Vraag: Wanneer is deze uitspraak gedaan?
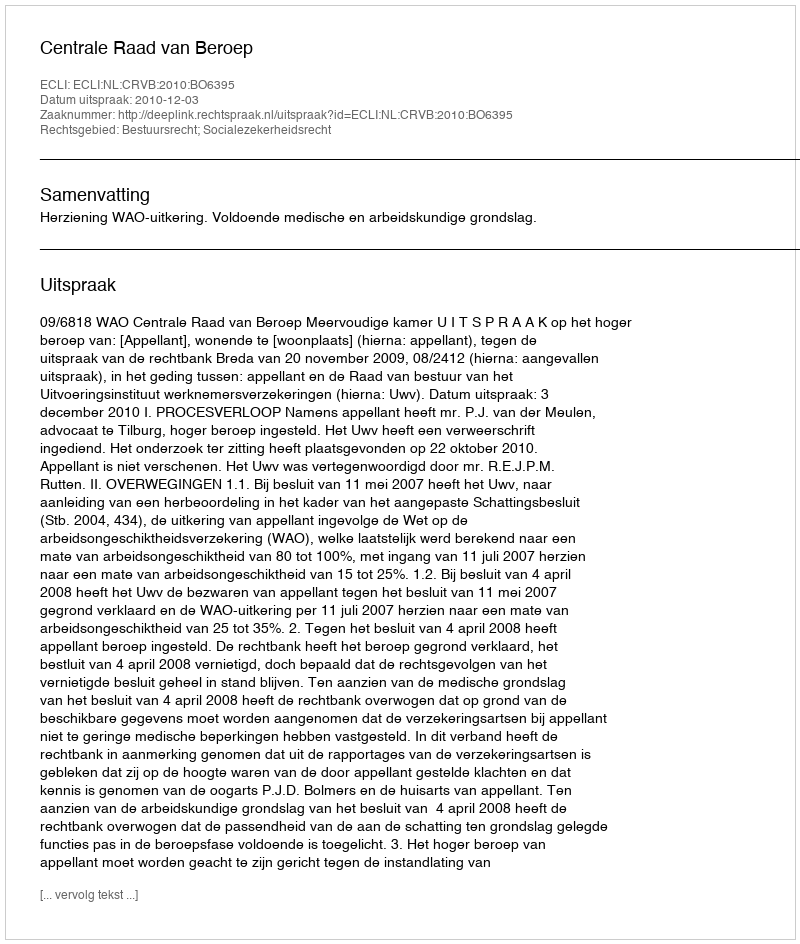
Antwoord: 2010-12-03